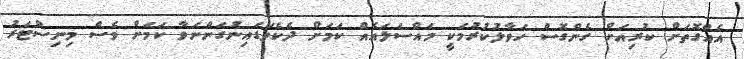
އެއްގޮތަށް ކުރިއަށް ގެންގޮސް ހަވާލުކުރުމަކީ މައްސަލައެއް ކަމަށް ދެކެވަޑައިނުގަންނަވާ ކަމަށް ވެސް މިނިސްޓަރު